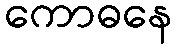
ကောဓနေ